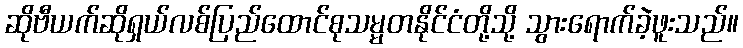
ဆိုဗီယက်ဆိုရှယ်လစ်ပြည်ထောင်စုသမ္မတနိုင်ငံတို့သို့ သွားရောက်ခဲ့ဖူးသည်။